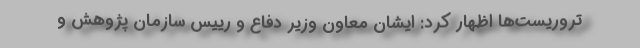
تروریست‌ها اظهار کرد: ایشان معاون وزیر دفاع و رییس سازمان پژوهش و